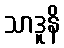
သာဒူနိ